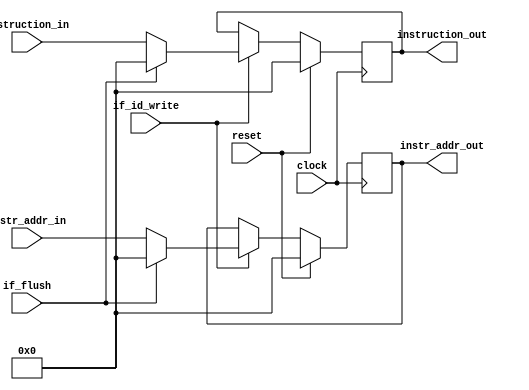
module IF_ID_Buffer(clock,reset,if_id_write,if_flush,instruction_in,instr_addr_in,instruction_out,
							instr_addr_out
    );

	input clock,reset;
	input if_id_write;
	input if_flush;
	input [15:0] instr_addr_in;
	input [15:0] instruction_in;
	
	output reg [15:0] instr_addr_out;
	output reg [15:0] instruction_out;
	
	always@(posedge clock) begin
		if(reset)
			instruction_out <= 'd0;
		else if(if_id_write == 'd0)
			instruction_out <= instruction_out;
		else if(if_flush)
			instruction_out <= 'd0;
		else
			instruction_out <= instruction_in;
	end
	
	always@(posedge clock) begin
		if(reset)
			instr_addr_out <= 'd0;
		else if(if_id_write == 'd0)
			instr_addr_out <= instr_addr_out;
		else if(if_flush)
			instr_addr_out <= 'd0;
		else
			instr_addr_out <= instr_addr_in;
	end
endmodule